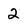
Character: 2